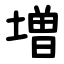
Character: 増